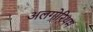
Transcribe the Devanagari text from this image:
अलगोरिथम